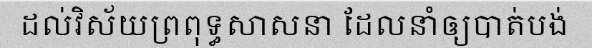
ដល់វិស័យព្រពុទ្ធសាសនា ដែលនាំឲ្យបាត់បង់